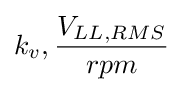
k_{v},{\frac {V_{LL,RMS}}{rpm}}